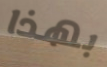
بهذا